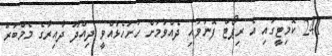
241 ކޮމިޓީގައި އެ ރިޕޯޓް ފޮނުވައި ދެއްވުމަށް ހުށަހެޅުއްވީ ދިއްދޫ ދާއިރާގެ މެމްބަރު